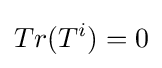
Tr(T^{i})=0